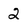
Character: 2